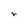
Character: r